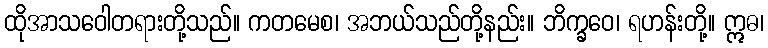
ထိုအာသဝေါတရားတို့သည်။ ကတမေစ၊ အဘယ်သည်တို့နည်း။ ဘိက္ခဝေ၊ ရဟန်းတို့။ ဣဓ၊